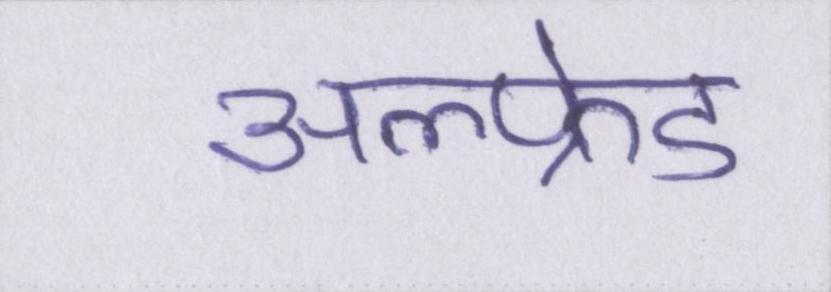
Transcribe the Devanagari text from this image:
अल्फ्रेड